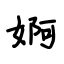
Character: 婀